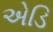
એડિ